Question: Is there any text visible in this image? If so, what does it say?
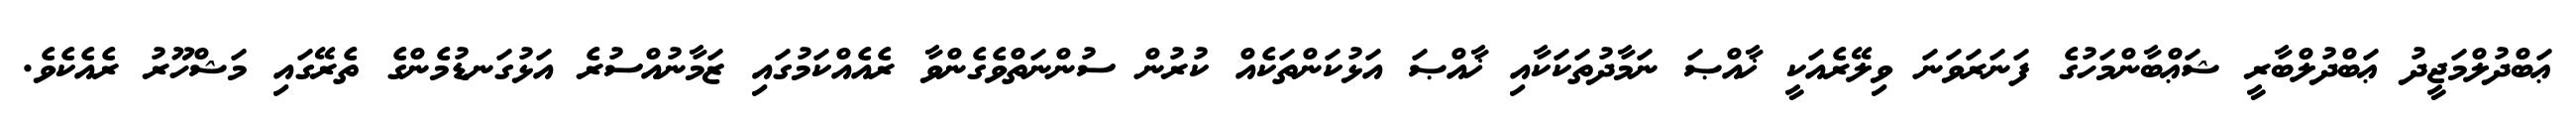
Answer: ޢަބްދުލްމަޖީދު ޢަބްދުލްބާރީ ޝަޢްބާންމަހުގެ ފަނަރަވަނަ ވިލޭރެއަކީ ޚާއްޞަ ނަމާދުތަކަކާއި ޚާއްޞަ އަޅުކަންތަކެއް ކުރުން ސުންނަތްވެގެންވާ ރެއެއްކަމުގައި ޒަމާނުއްސުރެ އަޅުގަނޑުމެންގެ ތެރޭގައި މަޝްހޫރު ރެއެކެވެ.